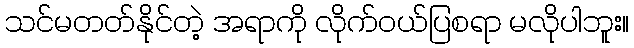
သင်မတတ်နိုင်တဲ့ အရာကို လိုက်ဝယ်ပြစရာ မလိုပါဘူး။